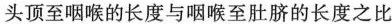
头顶至咽喉的长度与咽喉至肚脐的长度之比